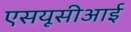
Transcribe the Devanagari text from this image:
एसयूसीआई